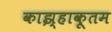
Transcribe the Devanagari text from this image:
काझ्हाकूतम